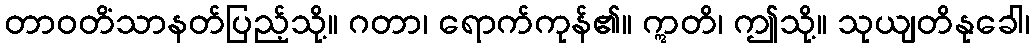
တာဝတိံသာနတ်ပြည့်သို့။ ဂတာ၊ ရောက်ကုန်၏။ ဣတိ၊ ဤသို့။ သုယျတိနုခေါ၊